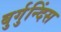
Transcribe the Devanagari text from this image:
बुर्गुन्दिंस